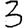
Digit: 3